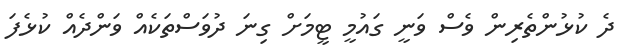
ދެ ކުޅުންތެރިން ވެސް ވަނީ ގައުމީ ޓީމަށް ގިނަ ދުވަސްތަކެއް ވަންދެއް ކުޅެފަ